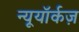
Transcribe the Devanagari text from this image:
न्यूयॉर्कज़